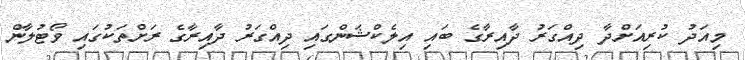
މިއަދު ކުރިއަށްދާ ދިއްގަރު ދާއިރާގެ ބައި އިލެކްޝަންގައި ދިއްގަރު ދާއިރާގެ ރަށްތަކުގައި ވޯޓުލާން